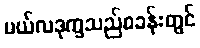
မယ်လဒုက္ခသည်စခန်းတွင်